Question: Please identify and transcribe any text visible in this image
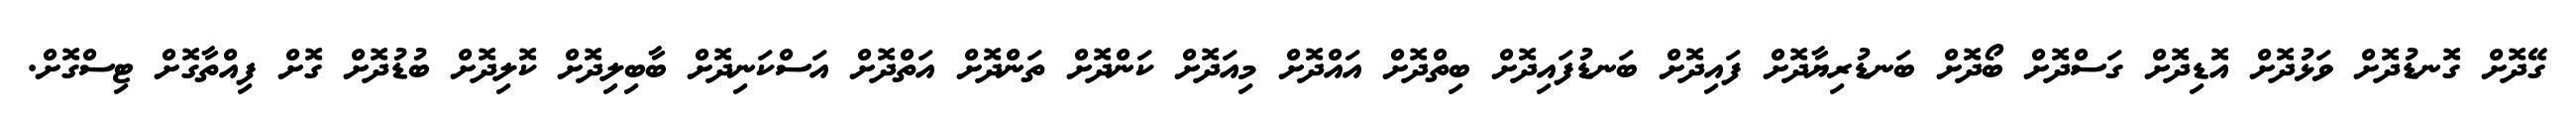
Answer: ގޭދޮށް ގޮނޑުދޮށް ވަޅުދޮށް އޮޑިދޮށް ގަސްދޮށް ބޯދޮށް ބަނޑުރިޔާދޮށް ފައިދޮށް ބަނޑުފައިދޮށް ބިތްދޮށް އައްދޮށް މިއަދޮށް ކަންދޮށް ތަންދޮށް އަތްދޮށް އަސްކަނިދޮށް ބާބިލިދޮށް ކޮލިދޮށް ބުޑުދޮށް ގޮށް ފިއްތާގޮށް ޓިސްގޮށް.